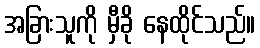
အခြားသူကို မှီခို နေထိုင်သည်။